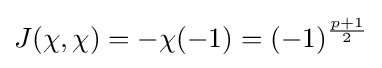
J(\chi ,\chi )=-\chi (-1)=(-1)^{\frac {p+1}{2}}